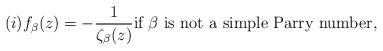
LaTeX: \begin{align*}(i)f_{\beta}(z) = - \frac{1}{\zeta_{\beta}(z)} \mbox{if}~ \beta ~\mbox{is not a simple Parry number},\end{align*}